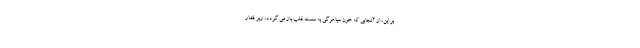
بر این، از آنجایی که خون سیاهرگی به سمت قلب باز می گردد، زیر فشار